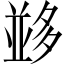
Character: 𡖼